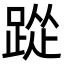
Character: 踨